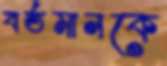
বর্তমানকে